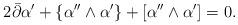
LaTeX: \begin{align*} 2 \bar \partial \alpha^{\prime } + \{\alpha^{\prime \prime}\wedge \alpha^{\prime}\} + [\alpha^{\prime \prime} \wedge \alpha^{\prime}]=0.\end{align*}